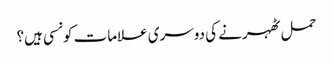
حمل ٹھہرنے کی دوسری علامات کونسی ہیں؟